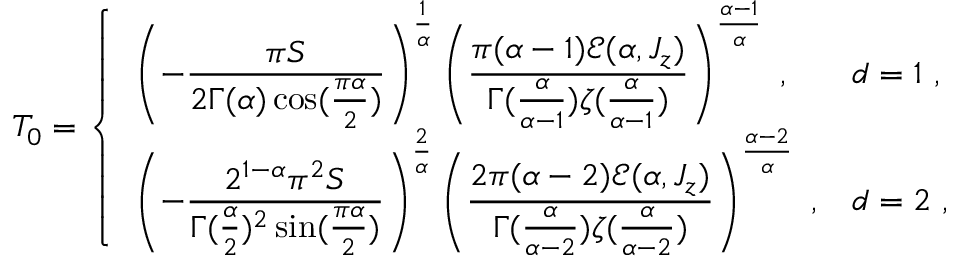
T _ { 0 } = \left\{ \begin{array} { l l } { \left( - { \displaystyle { \frac { \pi S } { 2 \Gamma ( \alpha ) \cos ( \frac { \pi \alpha } { 2 } ) } } } \right) ^ { \frac 1 \alpha } \left( { \displaystyle { \frac { \pi ( \alpha - 1 ) \mathcal E ( \alpha , J _ { z } ) } { \Gamma ( \frac { \alpha } { \alpha - 1 } ) \zeta ( \frac { \alpha } { \alpha - 1 } ) } } } \right) ^ { \frac { \alpha - 1 } { \alpha } } ~ , } & { d = 1 ~ , } \\ { \left( - { \displaystyle { \frac { 2 ^ { 1 - \alpha } \pi ^ { 2 } S } { \Gamma ( \frac \alpha 2 ) ^ { 2 } \sin ( \frac { \pi \alpha } { 2 } ) } } } \right) ^ { \frac 2 \alpha } \left( { \displaystyle { \frac { 2 \pi ( \alpha - 2 ) \mathcal E ( \alpha , J _ { z } ) } { \Gamma ( \frac { \alpha } { \alpha - 2 } ) \zeta ( \frac { \alpha } { \alpha - 2 } ) } } } \right) ^ { \frac { \alpha - 2 } { \alpha } } ~ , } & { d = 2 ~ , } \end{array} \right.